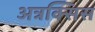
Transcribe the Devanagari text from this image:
अत्रक्सिस